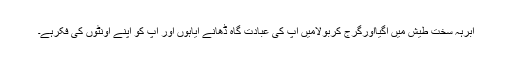
ابرہہ سخت طیش میں آگیااورگرج کربولامیں آپ کی عبادت گاہ ڈھانے آیاہوں اور آپ کو اپنے اونٹوں کی فکرہے۔